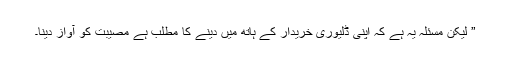
” لیکن مسئلہ یہ ہے کہ اپنی ڈلیوری خریدار کے ہاتھ میں دینے کا مطلب ہے مصیبت کو آواز دینا۔